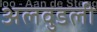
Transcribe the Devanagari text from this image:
अलवुडली